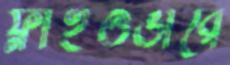
ফ্লাইওভারে